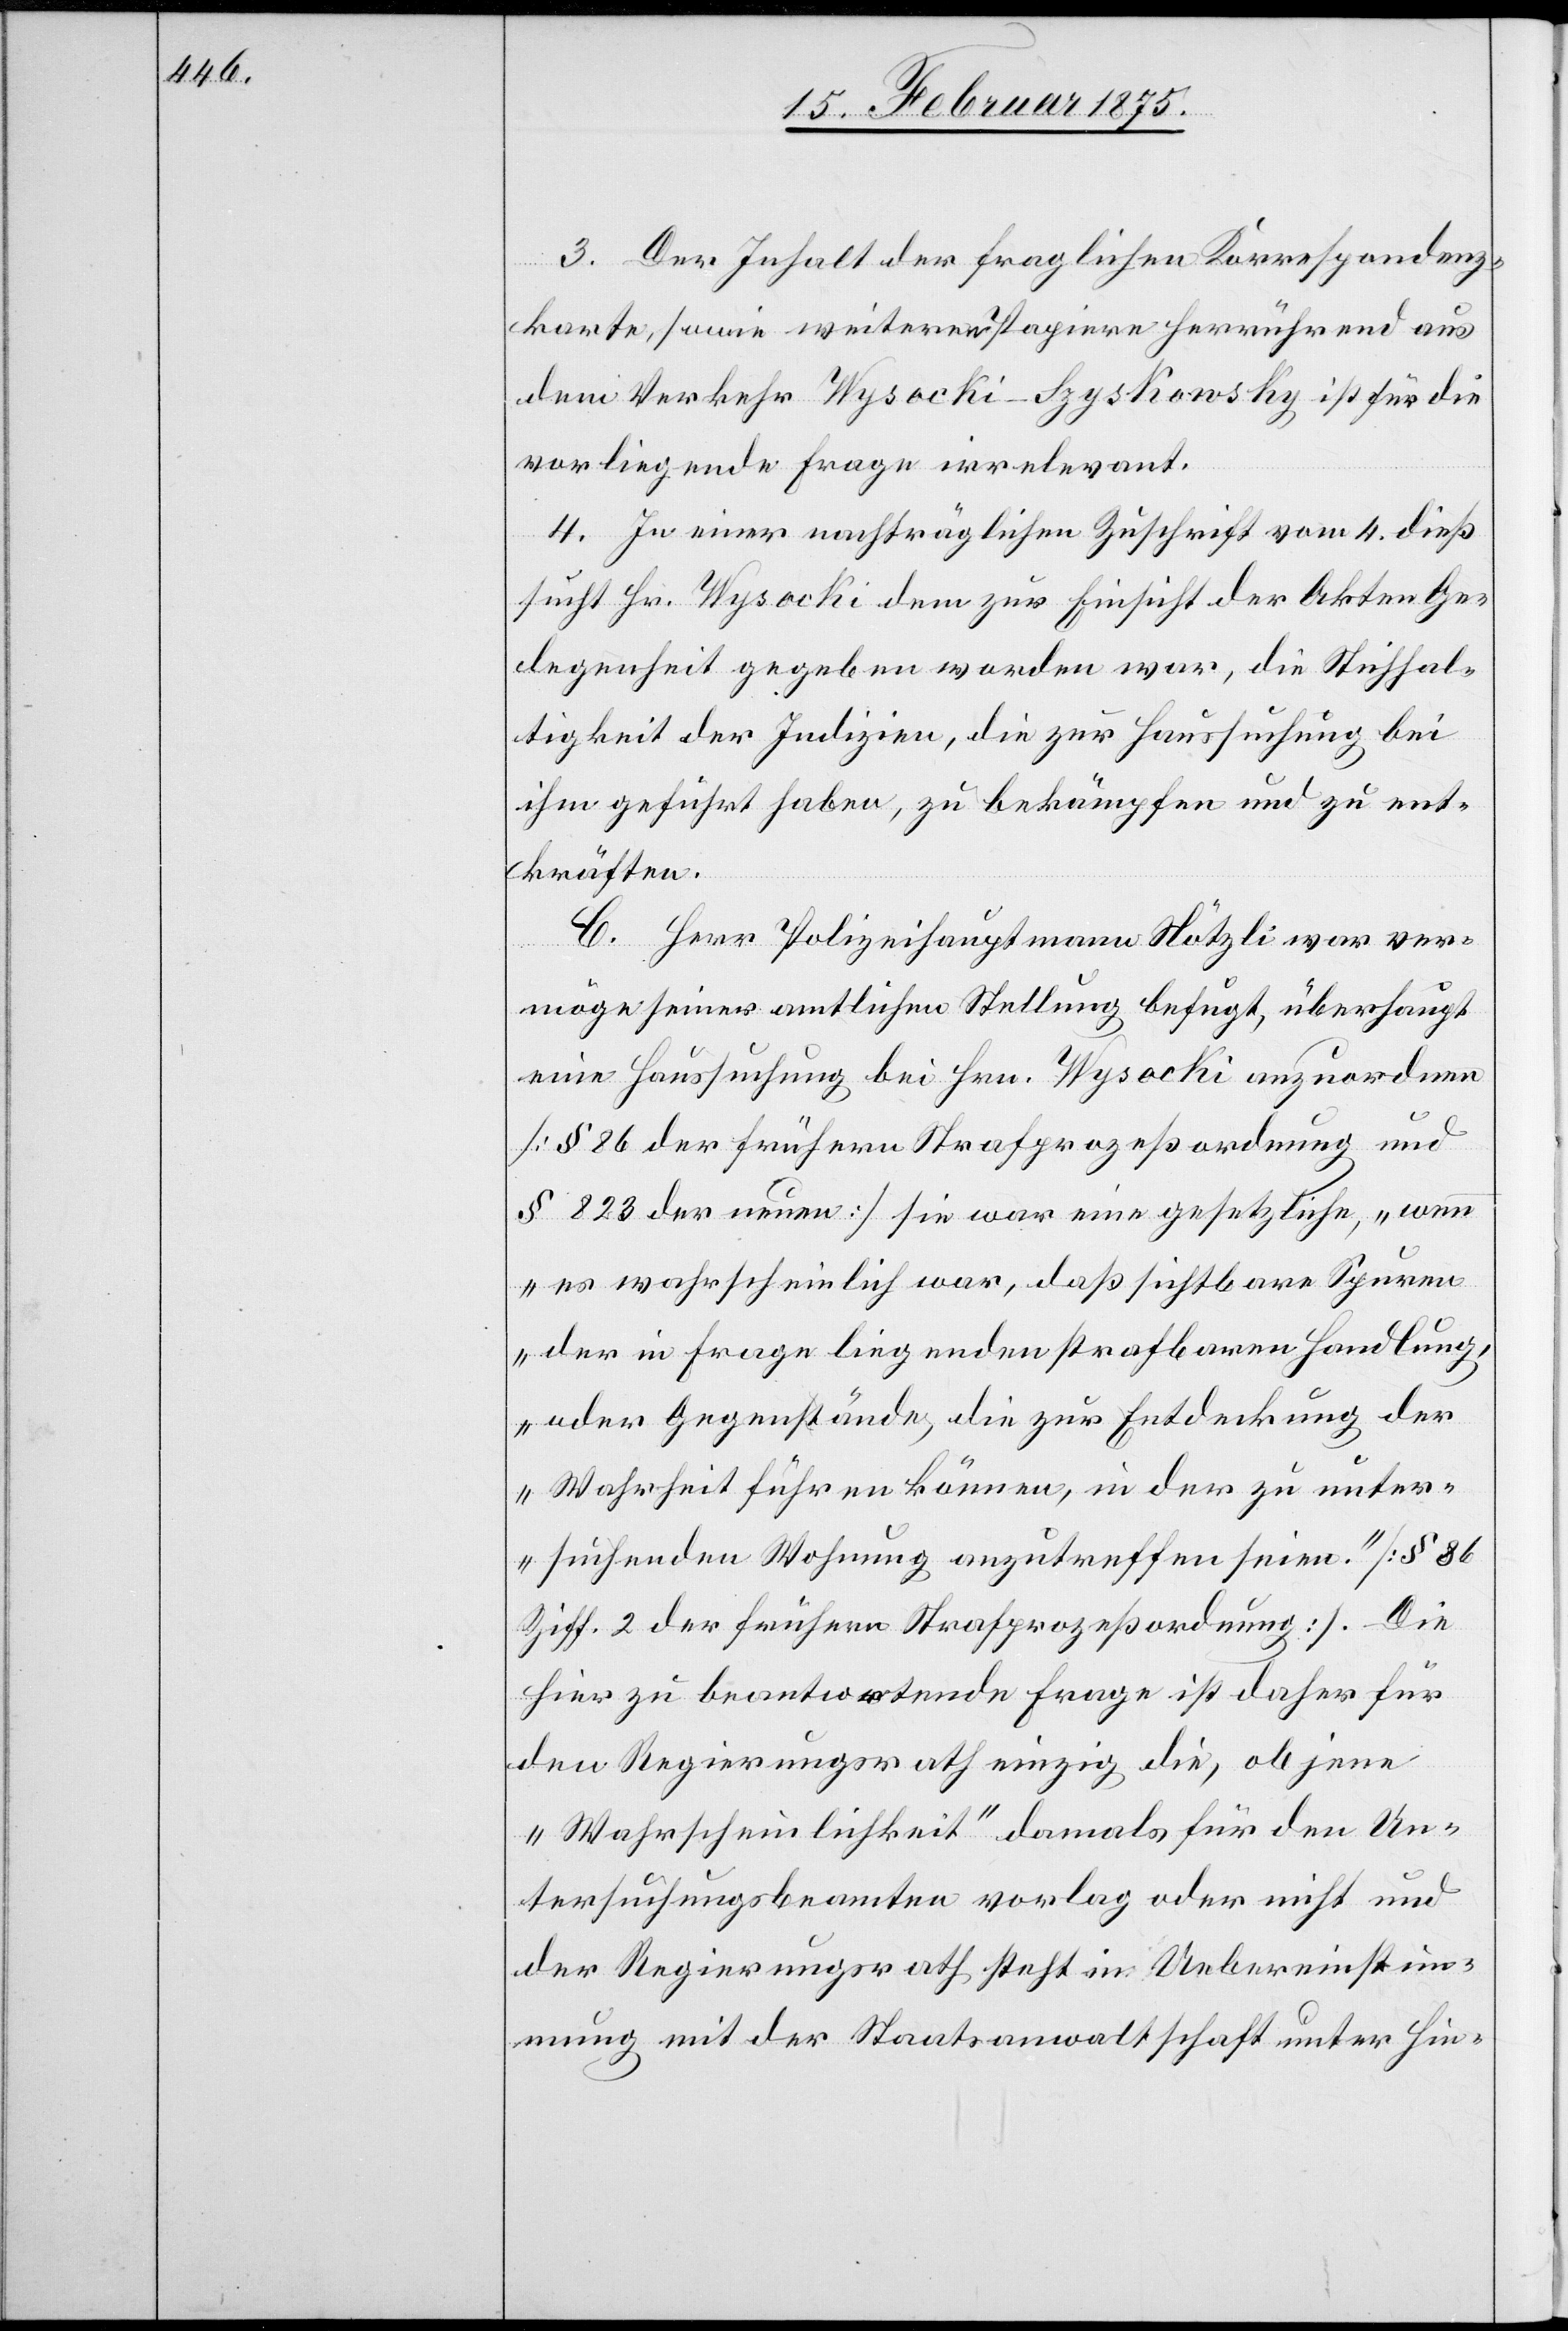
3. Der Inhalt der fraglichen Korrespondenz¬
karte, sowie weiterer Papiere herrührend aus
dem Verkehr Wysocki-Szyskowsky ist für die
vorliegende Frage irrelevant.
4. In einer nachträglichen Zuschrift vom 4. dieß
sucht Hr. Wysocki dem zur Einsicht der Akten Ge¬
legenheit gegeben worden war, die Stichhal¬
tigkeit der Indizien, die zur Haussuchung bei
ihm geführt haben, zu bekämpfen und zu ent¬
kräften.
C. Herr Polizeihauptmann Nötzli war ver¬
möge seiner amtlichen Stellung befugt, überhaupt
eine Haussuchung bei Hrn. Wysocki anzuordnen
(§ 86 der frühern Strafprozeßordnung und
§ 823 der neuen) sie war eine gesetzliche, „wenn
es wahrscheinlich war, daß sichtbare Spuren
der in Frage liegenden strafbaren Handlung,
oder Gegenstände, die zur Entdeckung der
Wahrheit führen könne, in der zu unter¬
suchenden Wohnung anzutreffen seien.“ (§ 86
Ziff. 2 der frühern Strafprozesordnung). Die
hier zu beantwortende Frage ist daher für
den Regierungsrath einzig die, ob jene
„Wahrscheinlichkeit“ damals für den Un¬
tersuchungsbeamten vorlag oder nicht und
der Regierungsrath steht in Uebereinstim¬
mung mit der Staatsanwaltschaft unter Hin-